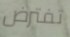
تفترض